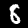
Label: 8